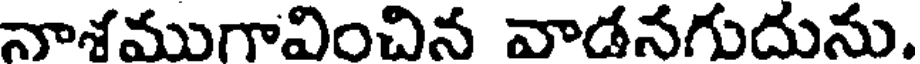
నాశముగావించిన వాడనగుదును,